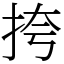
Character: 挎